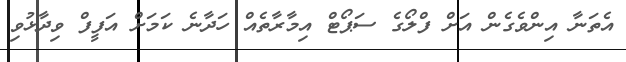
އެތަނާ އިންވެގެން އަށް ފްލޯގެ ސަޕޯޓް އިމާރާތެއް ހަދާނެ ކަމަށް އަފީފް ވިދާޅުވި